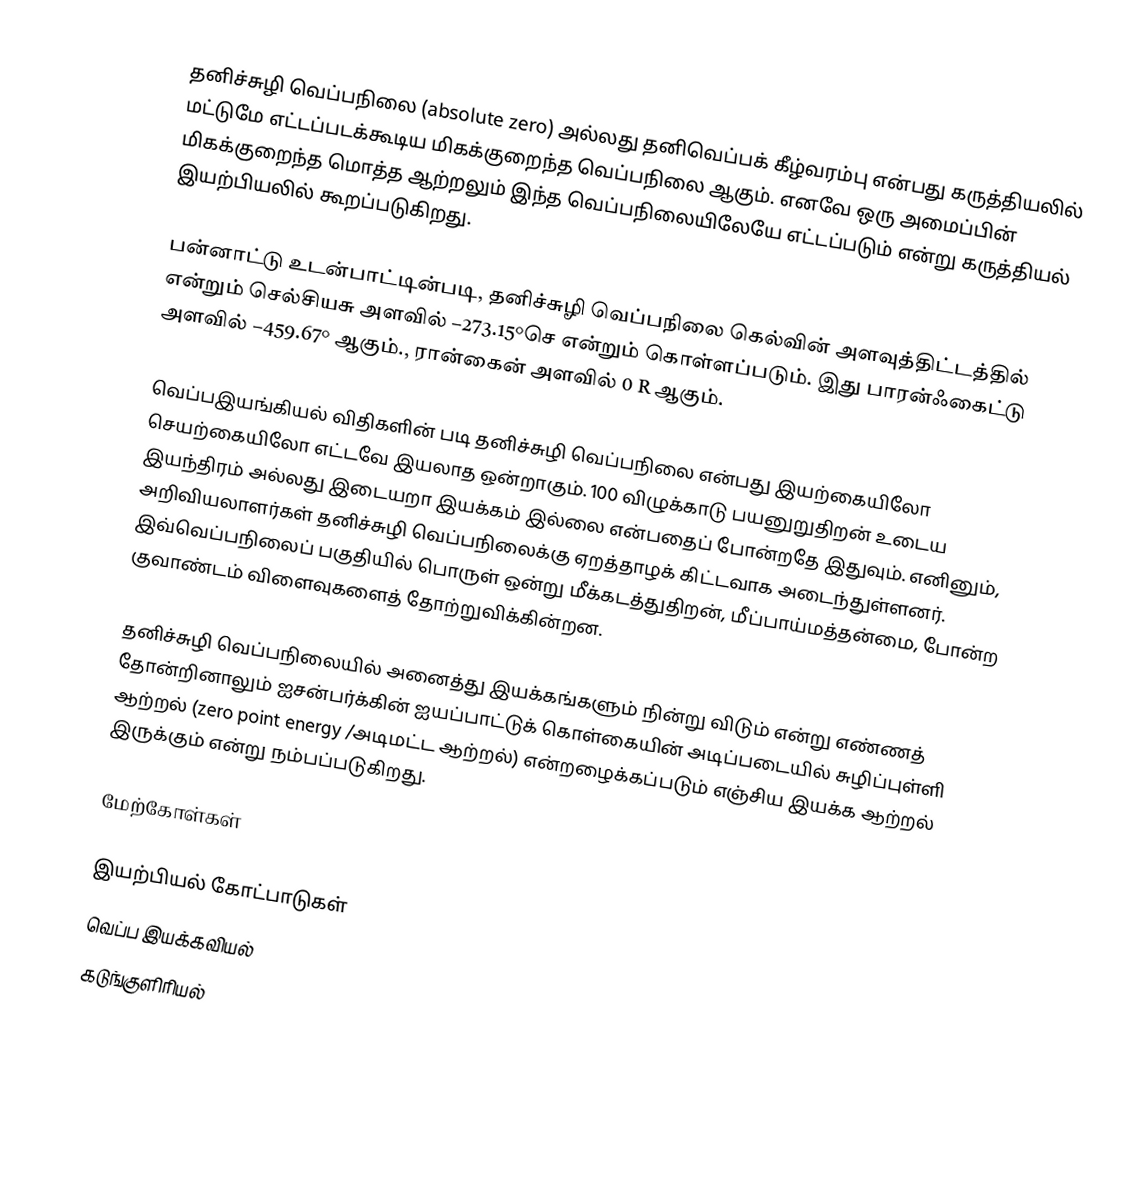
தனிச்சுழி வெப்பநிலை (absolute zero) அல்லது தனிவெப்பக் கீழ்வரம்பு என்பது கருத்தியலில் மட்டுமே எட்டப்படக்கூடிய மிகக்குறைந்த வெப்பநிலை ஆகும்.  எனவே ஒரு அமைப்பின் மிகக்குறைந்த மொத்த ஆற்றலும் இந்த வெப்பநிலையிலேயே எட்டப்படும் என்று கருத்தியல் இயற்பியலில் கூறப்படுகிறது.

பன்னாட்டு உடன்பாட்டின்படி, தனிச்சுழி வெப்பநிலை கெல்வின் அளவுத்திட்டத்தில்  என்றும் செல்சியசு அளவில் −273.15°செ என்றும் கொள்ளப்படும். இது பாரன்ஃகைட்டு அளவில் −459.67° ஆகும்., ரான்கைன் அளவில் 0 R ஆகும்.

வெப்பஇயங்கியல் விதிகளின் படி தனிச்சுழி வெப்பநிலை என்பது இயற்கையிலோ செயற்கையிலோ எட்டவே இயலாத ஒன்றாகும். 100 விழுக்காடு பயனுறுதிறன் உடைய இயந்திரம் அல்லது இடையறா இயக்கம் இல்லை என்பதைப் போன்றதே இதுவும். எனினும், அறிவியலாளர்கள் தனிச்சுழி வெப்பநிலைக்கு ஏறத்தாழக் கிட்டவாக அடைந்துள்ளனர். இவ்வெப்பநிலைப் பகுதியில் பொருள் ஒன்று மீக்கடத்துதிறன், மீப்பாய்மத்தன்மை, போன்ற குவாண்டம் விளைவுகளைத் தோற்றுவிக்கின்றன.

தனிச்சுழி வெப்பநிலையில் அனைத்து இயக்கங்களும் நின்று விடும் என்று எண்ணத் தோன்றினாலும் ஐசன்பர்க்கின் ஐயப்பாட்டுக் கொள்கையின் அடிப்படையில் சுழிப்புள்ளி ஆற்றல் (zero point energy /அடிமட்ட ஆற்றல்) என்றழைக்கப்படும் எஞ்சிய இயக்க ஆற்றல் இருக்கும் என்று நம்பப்படுகிறது.

மேற்கோள்கள்

இயற்பியல் கோட்பாடுகள்
வெப்ப இயக்கவியல்
கடுங்குளிரியல்